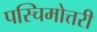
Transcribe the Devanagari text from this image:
पस्चिमोत्तरी